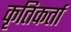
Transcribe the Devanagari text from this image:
कृतिकर्ता